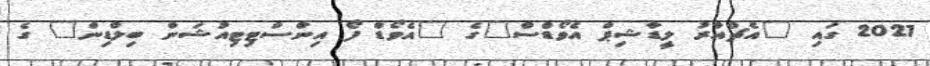
2021 ގައި "އެޗްއާރު ލީޑާޝިޕް އެވޯޑްސް"ގެ "އެވޯޑް ފޯ އިންސްޓިޓިއުޝަން ބިލްޑިން" ގެ